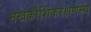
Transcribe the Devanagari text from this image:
मखकौशिकरक्षणस्य